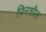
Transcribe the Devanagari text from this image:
फिरशील